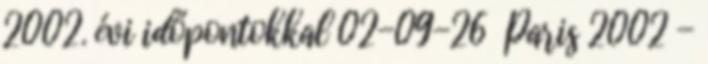
2002. évi időpontokkal 02-09-26 Paris 2002 -